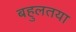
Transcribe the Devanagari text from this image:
बहुलतया